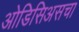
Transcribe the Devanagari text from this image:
ओडिसिअसचा